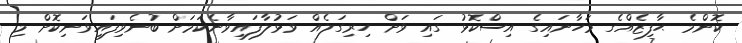
ކޮންމެ ޙާފިޒެއްގެ މަހާނައިގެ އިސްކޮޅު ގައި ވަށް ހިރިގަލެއް ވަޅުލާފައިވާނެކަމަށް ބުނެވިފައިވަނިކޮށް މި